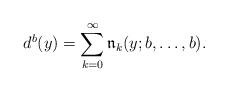
LaTeX: \begin{align*}d^b(y) = \sum_{k=0}^{\infty} \frak n_k(y;b,\dots,b).\end{align*}